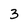
Character: 3